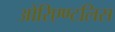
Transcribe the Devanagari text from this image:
ओरिएण्टलिस